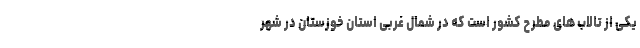
یکی از تالاب های مطرح کشور است که در شمال غربی استان خوزستان در شهر